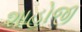
શાહોજી